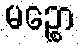
မဉ္စော